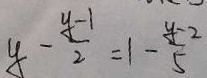
y - \frac { y - 1 } { 2 } = 1 - \frac { y - 2 } { 5 }